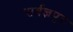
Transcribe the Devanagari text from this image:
सर्वज्ञपुर